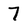
Character: 7